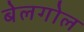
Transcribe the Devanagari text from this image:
बेलगोल